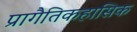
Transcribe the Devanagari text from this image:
प्रागैतिकहासिक